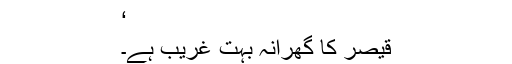
‘
قیصر کا گھرانہ بہت غریب ہے۔